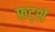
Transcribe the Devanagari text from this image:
फ्रट्शे